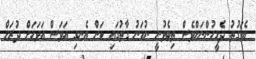
އެވަގުތު ދެމީހުންނަށްވެސް ތިބެވުނީ ނުހަނު ގާތުގައި ކަން އެނގި އަވަސް އަވަހަށް ދުރަށް